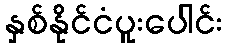
နှစ်နိုင်ငံပူးပေါင်း